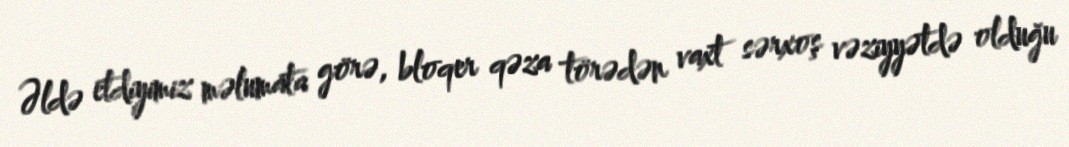
Əldə etdiyimiz məlumata görə, bloqer qəza törədən vaxt sərxoş vəziyyətdə olduğu